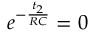
e ^ { - \frac { t _ { 2 } } { R C } } = 0